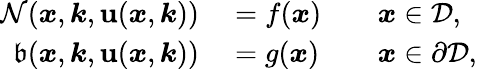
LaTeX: \begin{array}{rlrl}{\mathcal{N}(\boldsymbol{x},\boldsymbol{k},\textbf{u}(\boldsymbol{x},\boldsymbol{k}))}&{{}=f(\boldsymbol{x})}&{}&{{}\boldsymbol{x}\in\mathcal{D},}\\ {\mathfrak{b}(\boldsymbol{x},\boldsymbol{k},\textbf{u}(\boldsymbol{x},\boldsymbol{k}))}&{{}=g(\boldsymbol{x})}&{}&{{}\boldsymbol{x}\in\partial\mathcal{D},}\end{array}